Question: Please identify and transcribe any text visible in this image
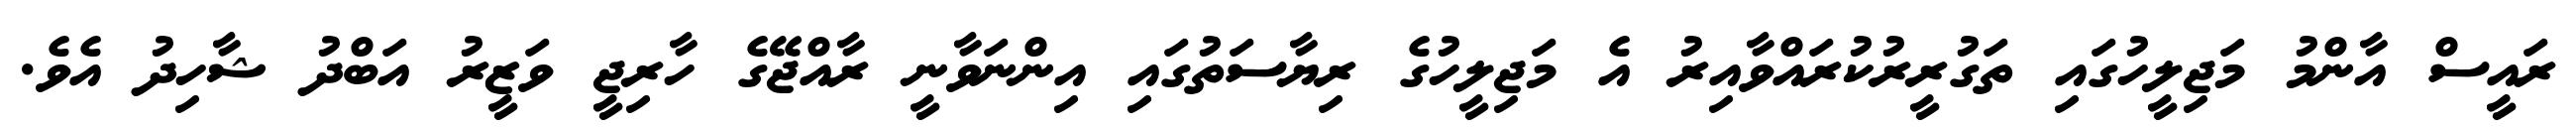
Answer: ރައީސް އާންމު މަޖިލީހުގައި ތަގުރީރުކުރައްވާއިރު އެ މަޖިލީހުގެ ރިޔާސަތުގައި އިންނަވާނީ ރާއްޖޭގެ ހާރިޖީ ވަޒީރު އަބްދު ޝާހިދު އެވެ.